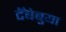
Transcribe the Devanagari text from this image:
टॅबेबुया